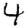
Digit: 4